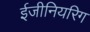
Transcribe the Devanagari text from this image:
ईजीनियरिग